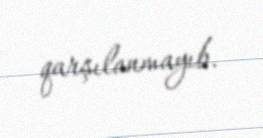
qarşılanmayıb.